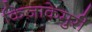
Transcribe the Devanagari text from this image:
किज़ाकेमुरी